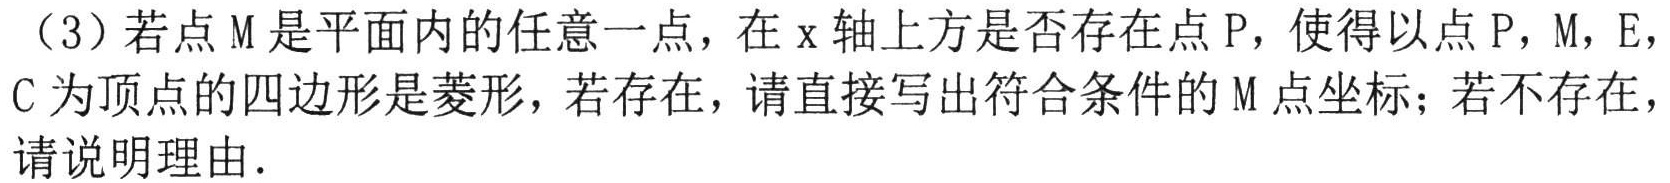
（3）若点\(M\)是平面内的任意一点，在\(x\)轴上方是否存在点\(P\)，使得以点\(P\)，\(M\)，\(E\)，\(C\)为顶点的四边形是菱形，若存在，请直接写出符合条件的\(M\)点坐标；若不存在，请说明理由.